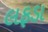
લફડા